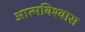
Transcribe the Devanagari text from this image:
आत्‍मविश्‍वास